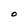
Character: O